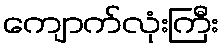
ကျောက်လုံးကြီး